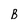
Character: B